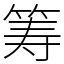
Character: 筹